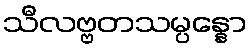
သီလဗ္ဗတသမ္ပန္နော